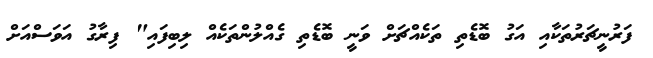
ފަރުނީޗަރުތަކާއި އަގު ބޮޑެތި ތަކެއްޗަށް ވަނީ ބޮޑެތި ގެއްލުންތަކެއް ލިބިފައި" ފިރާގު އަވަސްއަށް